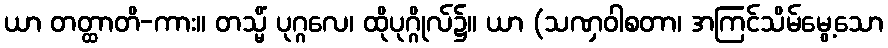
ယာ တတ္ထာတိ-ကား။ တသ္မိံ ပုဂ္ဂလေ၊ ထိုပုဂ္ဂိုလ်၌။ ယာ (သဏှဝါစတာ၊ အကြင်သိမ်မွေ့သော